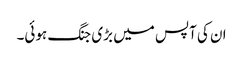
ان کی آپس میں بڑی جنگ ہوئی۔